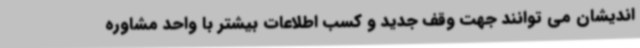
اندیشان می توانند جهت وقف جدید و کسب اطلاعات بیشتر با واحد مشاوره